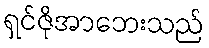
ရှင်ဇိုအာဘေးသည်